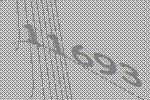
11693